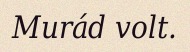
Murád volt.